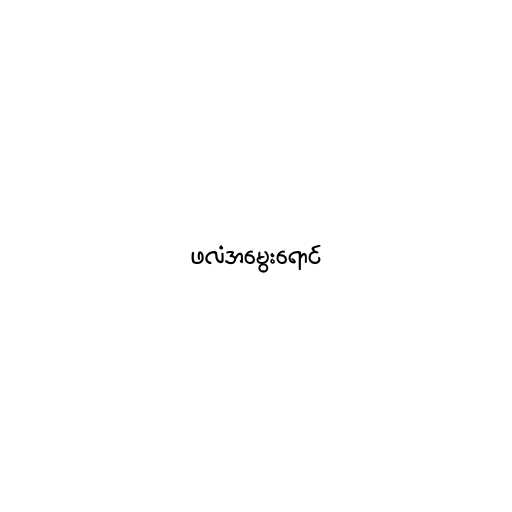
ဖလံအမွေးရောင်